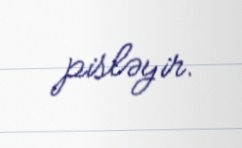
pisləyir.